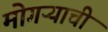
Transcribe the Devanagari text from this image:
मोगऱ्याची